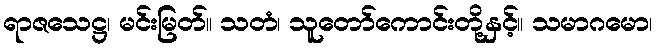
ရာဇသေဋ္ဌ၊ မင်းမြတ်။ သတံ၊ သူတော်ကောင်းတို့နှင့်။ သမာဂမော၊